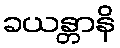
ခယန္တာနိ